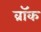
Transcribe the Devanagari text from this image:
व्रॉक